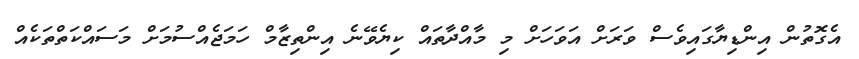
އެގޮތުން އިންޑިޔާގައިވެސް ވަރަށް އަވަހަށް މި މާއްދާތައް ކިޔެވޭނެ އިންތިޒާމް ހަމަޖެއްސުމަށް މަސައްކަތްތަކެއް